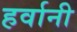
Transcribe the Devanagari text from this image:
हर्वानी